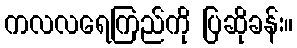
ကလလရေကြည်ကို ပြဆိုခန်း။